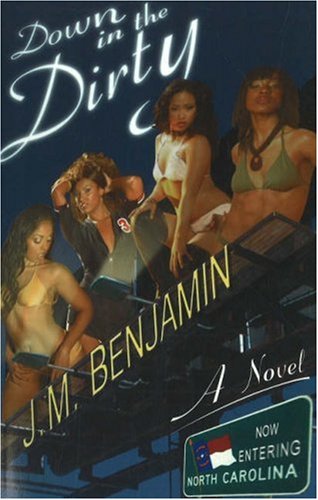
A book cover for Down in the Dirty; J.M. Benjamin; Romance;